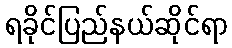
ရခိုင်ပြည်နယ်ဆိုင်ရာ